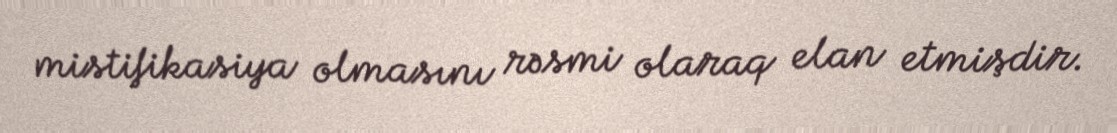
mistifikasiya olmasını rəsmi olaraq elan etmişdir.